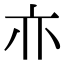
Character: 𰁜